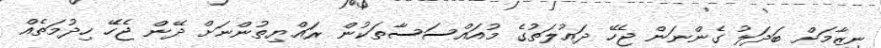
ނިޒާމަށް ބަދަލު ގެންނަން ޖެހޭ ދައުލަތުގެ މުއައްސަސާތަކުން ރައްޔިތުންނަށް ދޭން ޖެހޭ ހިދުމަތެއް